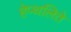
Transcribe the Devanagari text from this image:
हेप्थलिते